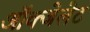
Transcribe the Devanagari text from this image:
ऑक्‍जेलेट